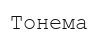
Тонема